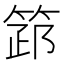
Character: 𥮺